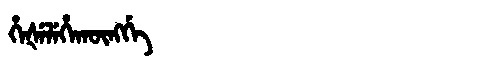
Manchu: ᡥᡝᡧᡝᠯᡝᡥᠠᡴᡡᠩᡤᡝ
Romanization: HEŠELEHAKŪNGGE